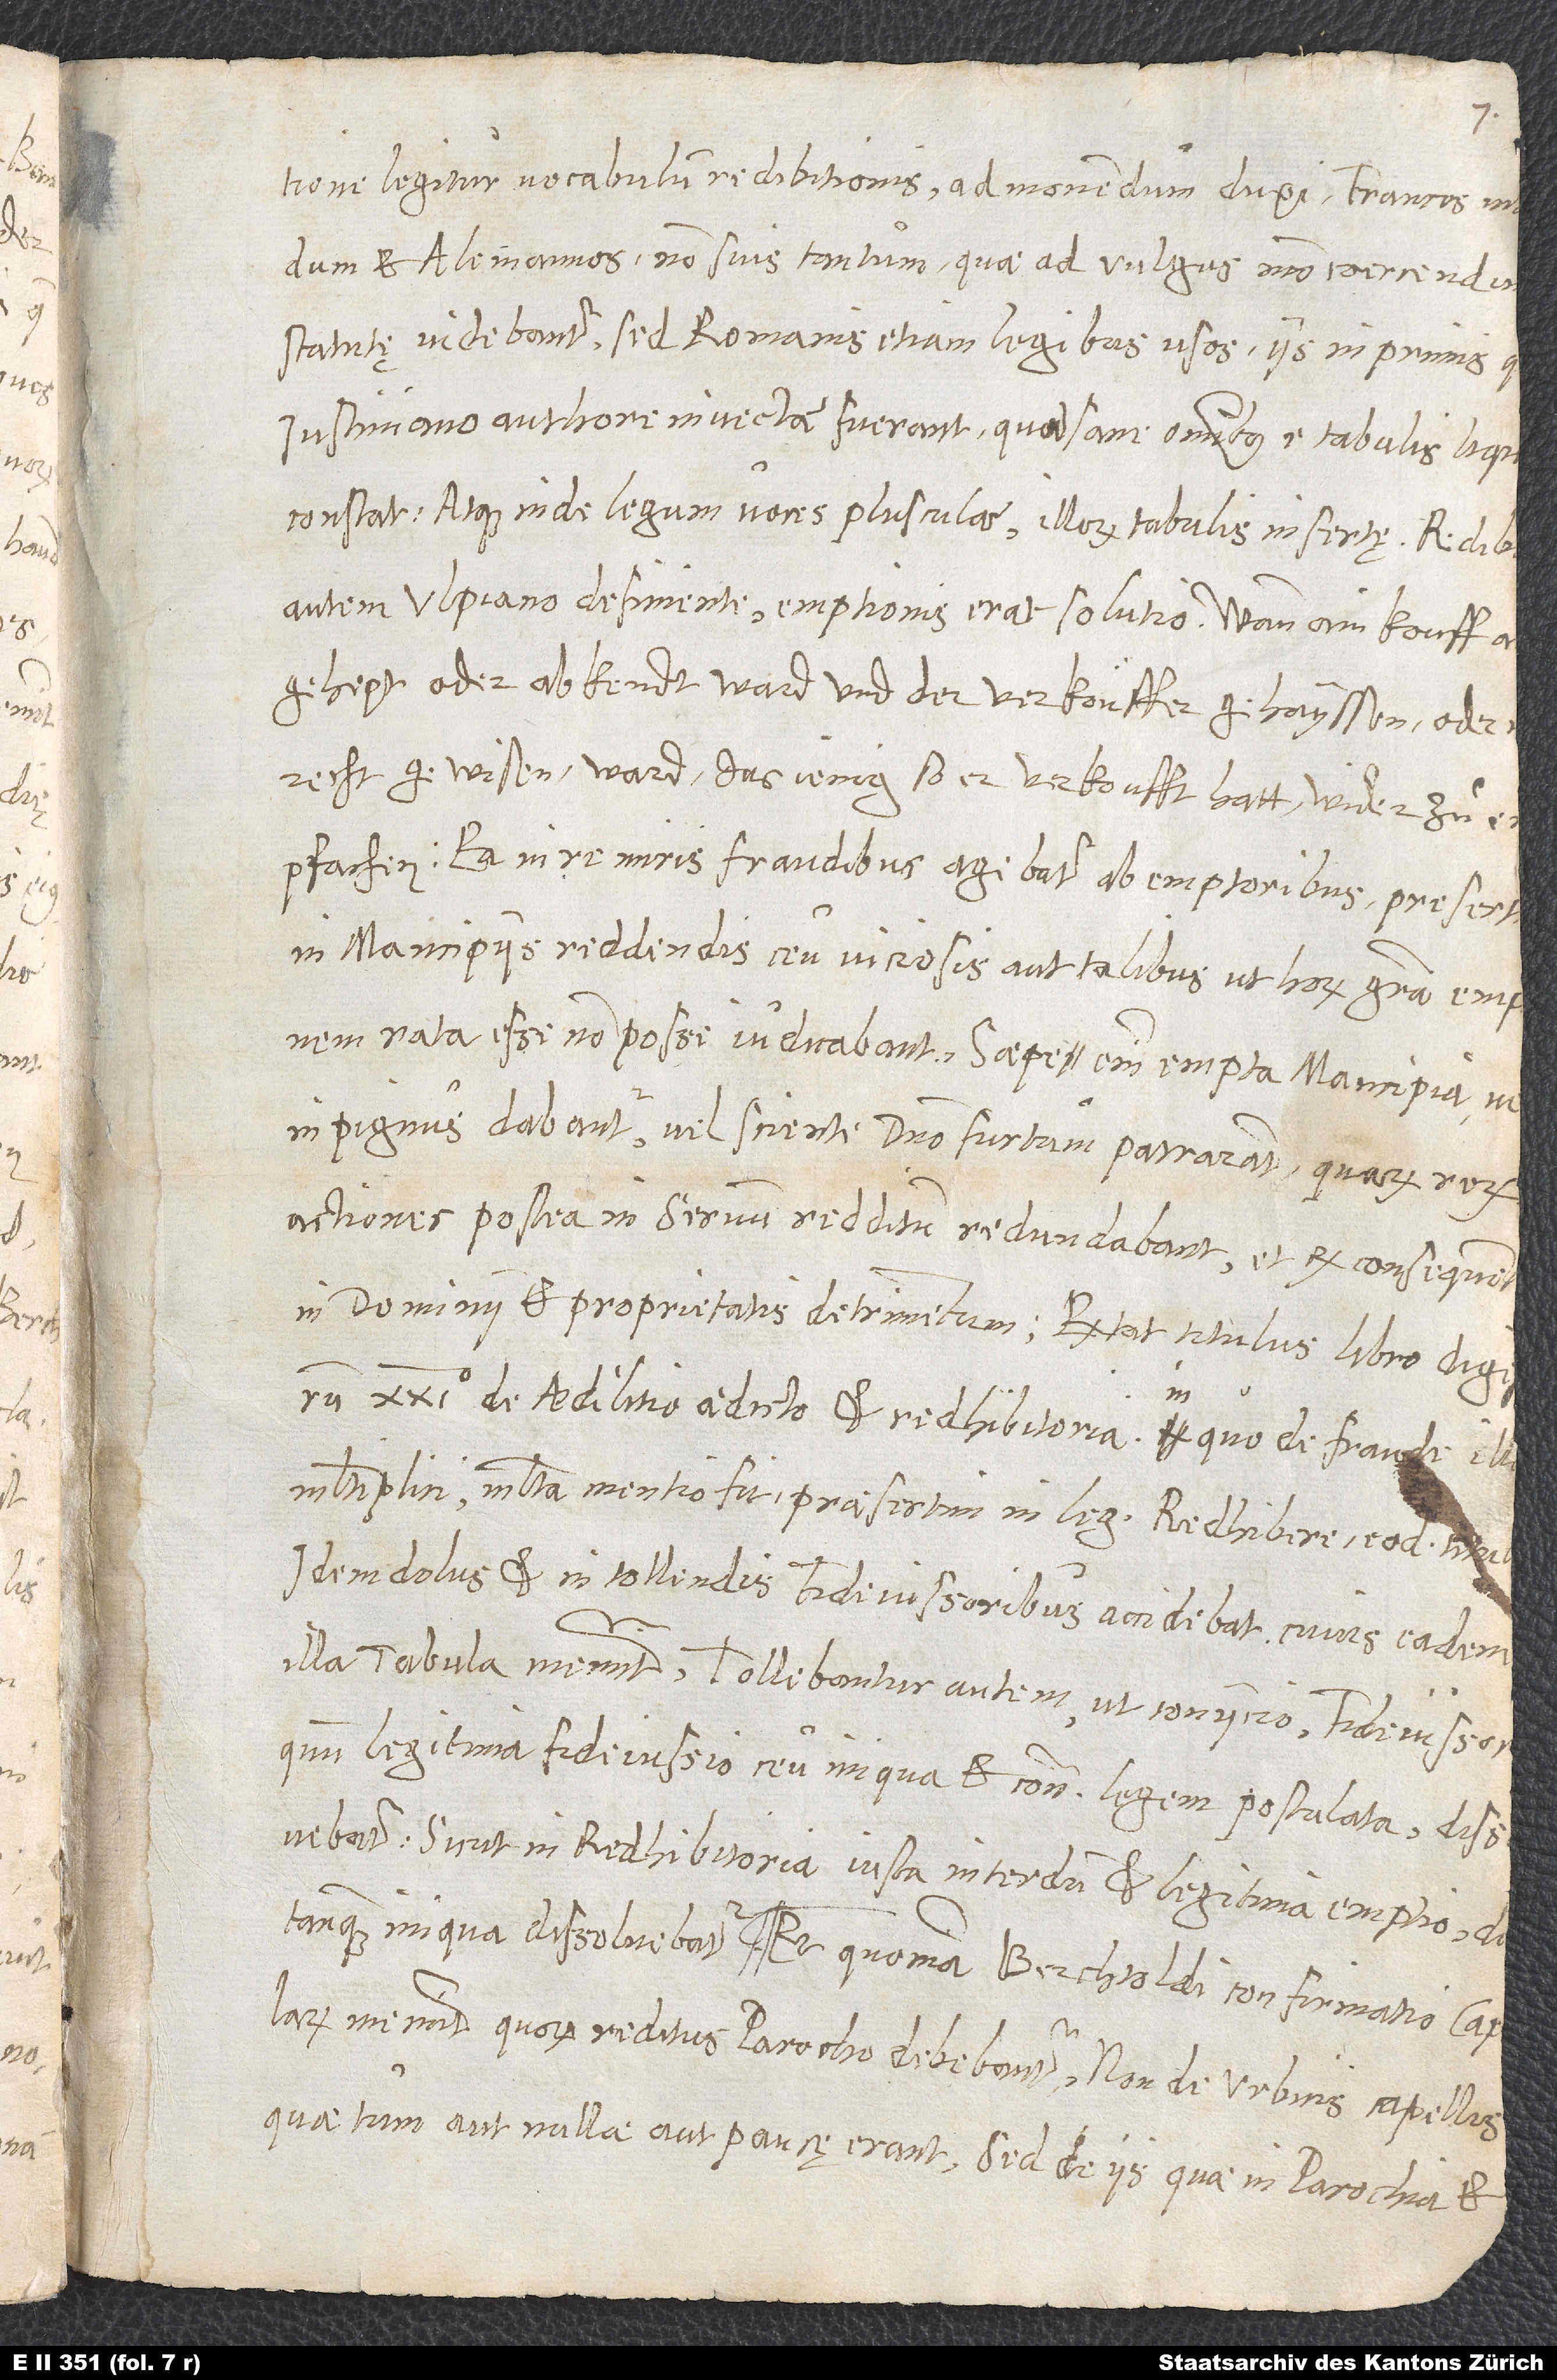
legitur vocabulum redibitionis, admonendum duxi Francos ne
dum et Alemannos non suis tantum, quae ad vulgus modo coercendum
statutę videbantur, sed Romanis etiam legibus usos, iis inprimis, q
constat, atque inde legum voces plusculae illorum tabulis insertę.